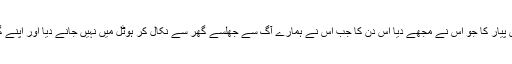
آج جو عظمی پر لکھنے بیٹھی ہوں تو یہ قر ض ہے اس اعتماد کا اس پیار کا جو اس نے مجھے دیا اس دن کا جب اس نے ہمارے آگ سے جھلسے گھر سے نکال کر ہوٹل میں نہیں جانے دیا اور اپنے گھر لے گئی اور اپنی بیماری بھول کر اپنی بہنوں کی طرح پیار دیا ۔